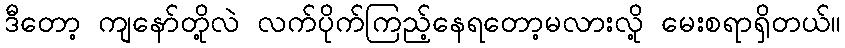
ဒီတော့ ကျနော်တို့လဲ လက်ပိုက်ကြည့်နေရတော့မလားလို့ မေးစရာရှိတယ်။